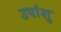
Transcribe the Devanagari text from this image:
उपांशु